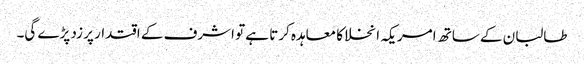
طالبان کے ساتھ امریکہ انخلا کا معاہدہ کرتا ہے تو اشرف کے اقتدار پر زد پڑے گی۔